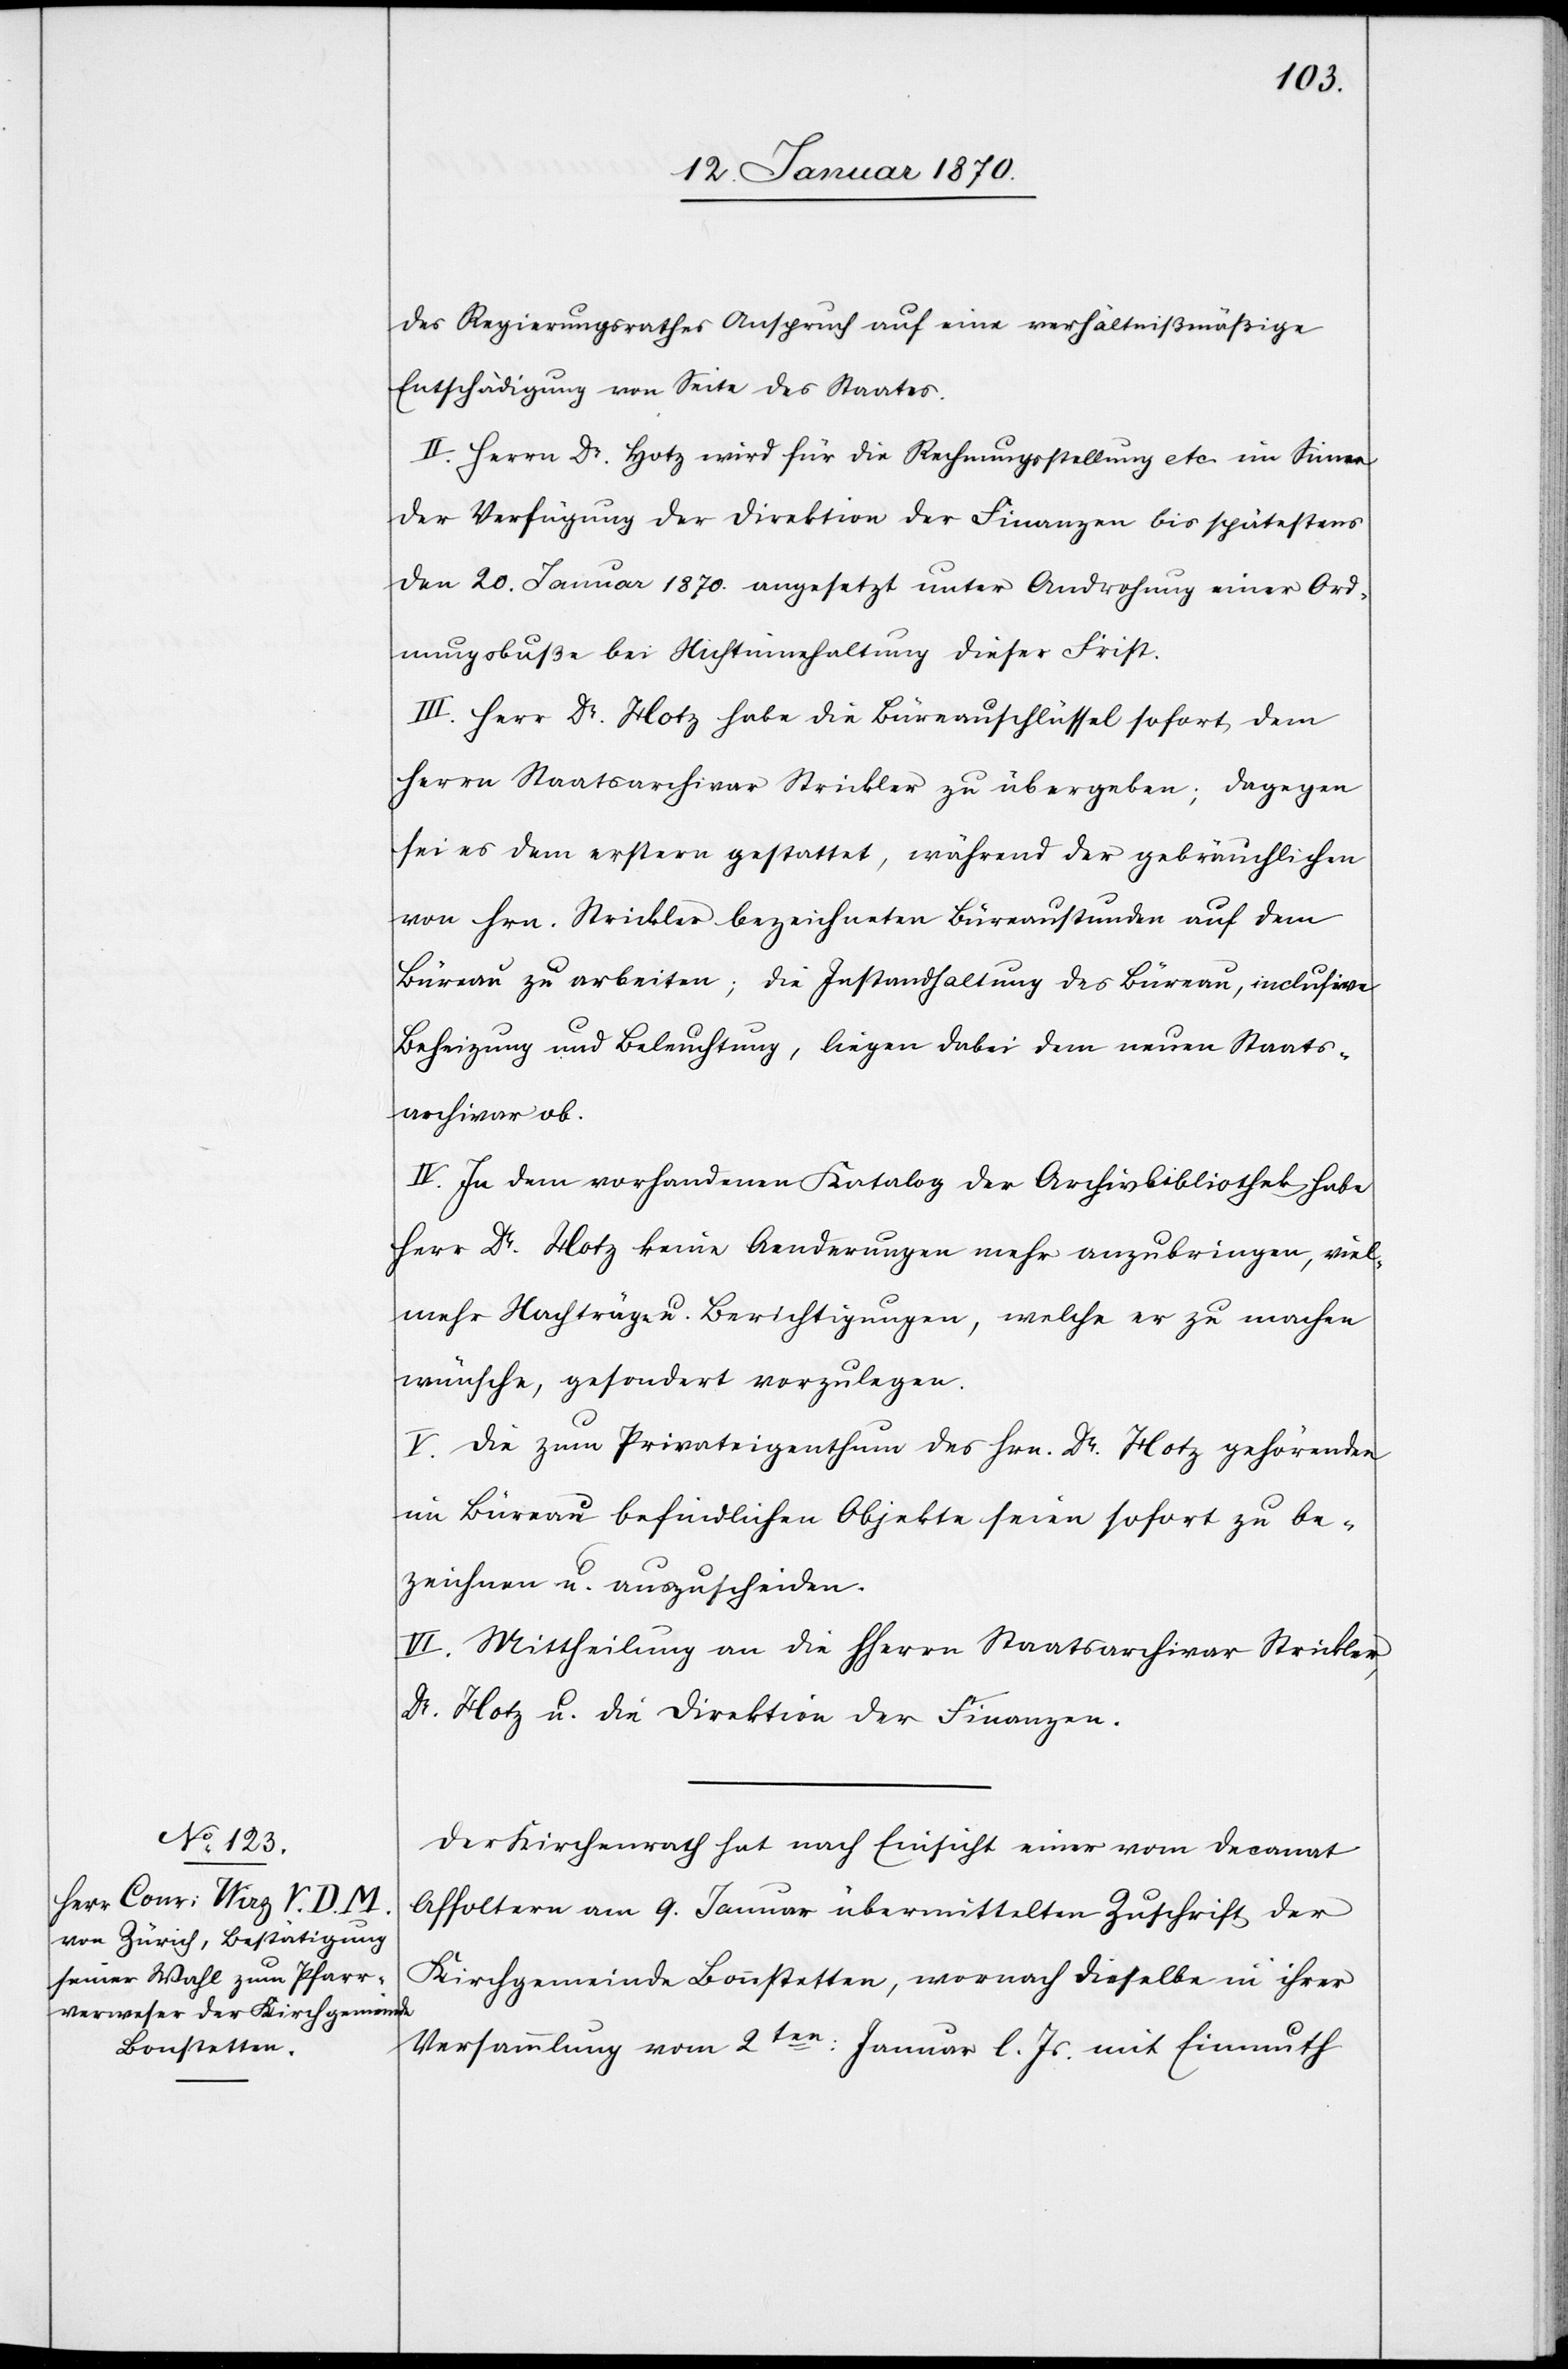
des Regierungsrathes Anspruch auf eine verhältnißmäßige
Entschädigung von Seite des Staates.
II. Herrn Dr. Hotz wird für die Rechnungsstellung etc. im Sinne
der Verfügung der Direktion der Finanzen bis spätestens
den 20. Januar 1870. angesetzt unter Androhung einer Ord¬
nungsbuße bei Nichteinhaltung dieser Frist.
III. Herr Dr. Hotz habe die Büreauschlüssel sofort dem
Herrn Staatsarchivar Strickler zu übergeben; dagegen
sei es dem erstern gestattet, während der gebräuchlichen
von Hrn. Strickler bezeichneten Büreaustunden auf dem
Büreau zu arbeiten; die Instandhaltung des Büreau, inclusive
Beheizung und Beleuchtung, liegen dabei dem neuen Staats¬
archivar ob.
IV. In dem vorhandenen Katalog der Archivbibliothek habe
Herr Dr. Hotz keine Aenderungen mehr anzubringen, viel¬
mehr Nachträge u. Berichtigungen, welche er zu machen
wünsche, gesondert vorzulegen.
V. Die zum Privateigenthum des Hrn. Dr. Hotz gehörenden
im Büreau befindlichen Objekte seien sofort zu be¬
zeichnen u. auszuscheiden.
VI. Mittheilung an die HHerren Staatsarchivar Strickler,
Dr. Hotz u. die Direktion der Finanzen.
Der Kirchenrath hat nach Einsicht einer vom Decanat
Affoltern am 9. Januar übermittelten Zuschrift der
Kirchgemeinde Bonstetten, wornach dieselbe in ihrer
Versammlung vom 2ten: Januar l. Js. mit Einmuth